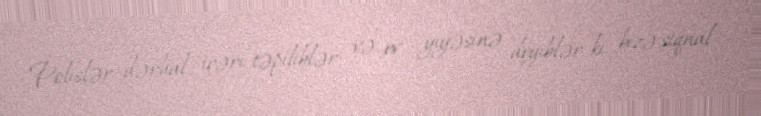
Polislər dərhal içəri təpiliblər və ev yiyəsinə deyiblər ki, bizə siqnal